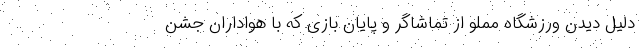
دلیل دیدن ورزشگاه مملو از تماشاگر و پایان بازی که با هواداران جشن